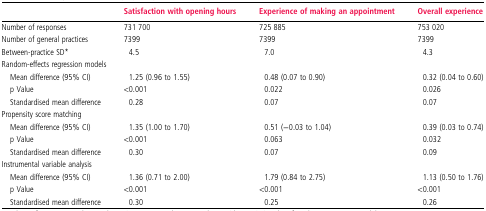
|  | Satisfaction with opening hours | Experience of making an appointment | Overall experience |
 | --- | --- | --- | --- |
 | Number of responses | 731 700 | 725 885 | 753 020 |
 | Number of general practices | 7399 | 7399 | 7399 |
 | Between-practice SD* | 4.5 | 7.0 | 4.3 |
 | <COLSPAN=4> Random-effects regression models |
 | Mean difference (95% CI) | 1.25 (0.96 to 1.55) | 0.48 (0.07 to 0.90) | 0.32 (0.04 to 0.60) |
 | p Value | <0.001 | 0.022 | 0.026 |
 | Standardised mean difference | 0.28 | 0.07 | 0.07 |
 | <COLSPAN=4> Propensity score matching |
 | Mean difference (95% CI) | 1.35 (1.00 to 1.70) | 0.51 (−0.03 to 1.04) | 0.39 (0.03 to 0.74) |
 | p Value | <0.001 | 0.063 | 0.032 |
 | Standardised mean difference | 0.30 | 0.07 | 0.09 |
 | <COLSPAN=4> Instrumental variable analysis |
 | Mean difference (95% CI) | 1.36 (0.71 to 2.00) | 1.79 (0.84 to 2.75) | 1.13 (0.50 to 1.76) |
 | p Value | <0.001 | <0.001 | <0.001 |
 | Standardised mean difference | 0.30 | 0.25 | 0.26 |